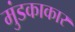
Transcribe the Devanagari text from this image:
मुंडकाकार